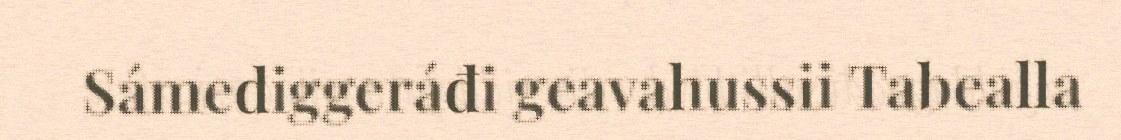
Sámediggeráđi geavahussii Tabealla